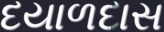
દયાળદાસ